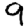
Digit: 9